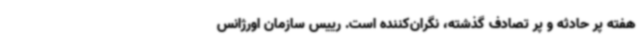
هفته پر حادثه و پر تصادف گذشته، نگران‌کننده است. رییس سازمان اورژانس